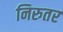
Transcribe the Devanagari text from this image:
निरुतर